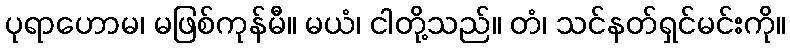
ပုရာဟောမ၊ မဖြစ်ကုန်မီ။ မယံ၊ ငါတို့သည်။ တံ၊ သင်နတ်ရှင်မင်းကို။